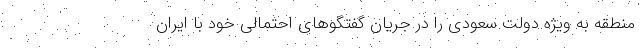
منطقه به ویژه دولت سعودی را در جریان گفتگوهای احتمالی خود با ایران